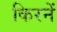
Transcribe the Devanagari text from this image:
किरनें